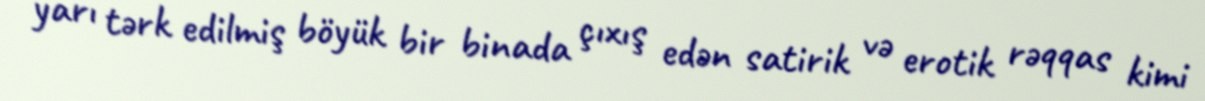
yarı tərk edilmiş böyük bir binada çıxış edən satirik və erotik rəqqas kimi